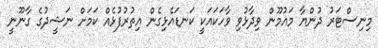
މިނިސްޓަރު ދުންޔާ މައުމޫން ވިދާޅުވި ވާހަކައަކީ ކަނޑައެޅިގެން އިތުރުފުޅެއް ކަމަށް ނަޝީދުގެ ގާނޫނީ